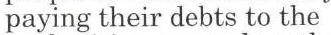
paying their debts to the